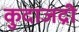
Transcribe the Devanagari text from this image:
कुदाजद्री